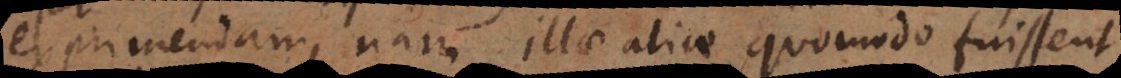
exprimendam, nam illae aliae quomodo fuissent